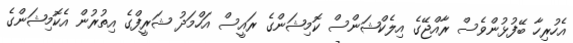
އެހުރިހާ ބޭފުޅުންވެސް ރާއްޖޭގެ އިލެކްޝަންސް ކޮމިޝަންގެ ރައީސް އަހްމަދު ޝަރީފްގެ އިތުރުން އެކޮމިޝަންގެ